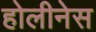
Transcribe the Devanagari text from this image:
होलीनेस